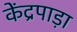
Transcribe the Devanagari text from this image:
केंद्रपाड़ा